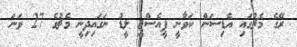
ރޭގެ މެޗުގައި އެޑިސަން ކަވާނީ ޕީއެސްޖީ ލީޑު ނަގައިދިނީ މެޗުގެ 27 ވަނަ